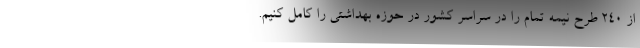
از ۲۴۰ طرح نیمه تمام را در سراسر کشور در حوزه بهداشتی را کامل کنیم.